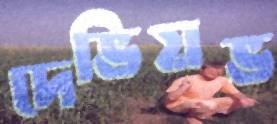
দেভিয়ভ